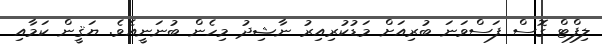
ލިފްޓް ގޮސް ފަސްވަނަ ބުރިއަށް މަޑުކުރިއިރު ނާޝިދު މިހެން ބުނަނީއެވެ. ޔަޤީން ކަމާއި